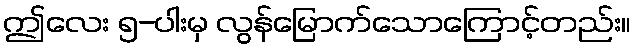
ဤလေး ၅-ပါးမှ လွန်မြောက်သောကြောင့်တည်း။